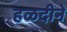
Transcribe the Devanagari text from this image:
हळदीने